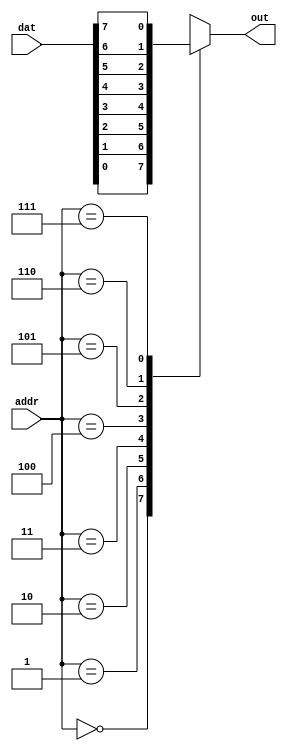
module case_data_selector (
	input [7:0] dat,
	input [2:0] addr,
	
	output reg out
);

// case
always @(*) begin
	case(addr)
		3'd0: out = dat[0];
		3'd1: out = dat[1];
		3'd2: out = dat[2];
		3'd3: out = dat[3];
		3'd4: out = dat[4];
		3'd5: out = dat[5];
		3'd6: out = dat[6];
		3'd7: out = dat[7];
		default: out = dat[0];
	endcase
end

endmodule